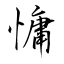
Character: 慵